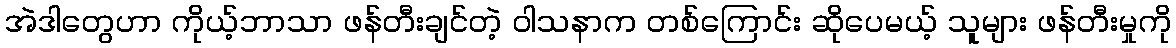
အဲဒါတွေဟာ ကိုယ့်ဘာသာ ဖန်တီးချင်တဲ့ ဝါသနာက တစ်ကြောင်း ဆိုပေမယ့် သူများ ဖန်တီးမှုကို